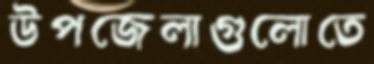
উপজেলাগুলোতে